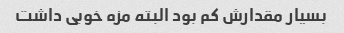
بسیار مقدارش کم بود البته مزه خوبی داشت